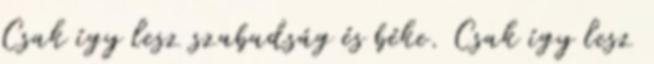
Csak így lesz szabadság és béke. Csak így lesz